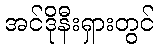
အင်ဒိုနီးရှားတွင်